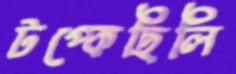
টপ্‌কেছিলি